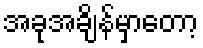
အခုအချိန်မှာတော့